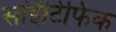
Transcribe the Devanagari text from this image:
सांईंटिफिक